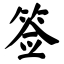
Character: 签